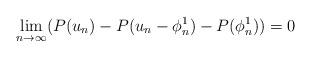
LaTeX: \begin{align*} \lim_{n\to\infty}(P(u_n)-P(u_n-\phi_n^1)-P(\phi_n^1))=0 \end{align*}